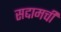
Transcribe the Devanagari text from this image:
सद्दामची